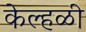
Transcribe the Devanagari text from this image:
केल्हळी